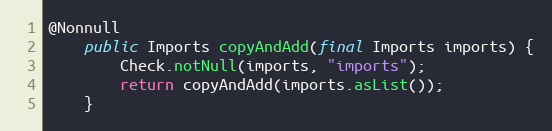
Language: Java
@Nonnull
	public Imports copyAndAdd(final Imports imports) {
		Check.notNull(imports, "imports");
		return copyAndAdd(imports.asList());
	}